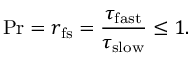
\mathrm { P r } = r _ { \mathrm { f s } } = \frac { \tau _ { \mathrm { f a s t } } } { \tau _ { \mathrm { s l o w } } } \le 1 .